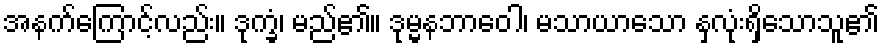
အနက်ကြောင့်လည်း။ ဒုက္ခံ၊ မည်၏။ ဒုမ္မနဘာဝေါ၊ မသာယာသော နှလုံးရှိသောသူ၏